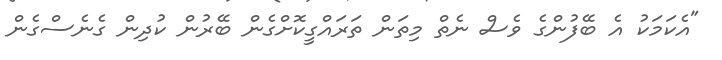
"އެކަމަކު އެ ބޭފުންގެ ވެސް ނެތް މިތަން ތަރައްގީކޮށްގެން ބޭރުން ކުދިން ގެނެސްގެން